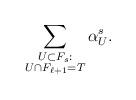
LaTeX: \begin{align*}\sum_{\substack{U \subset F_s: \\ U \cap F_{\ell+1} = T}} \alpha^s_U.\end{align*}